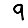
Digit: 9